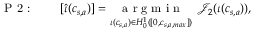
\textrm { P 2 : } \qquad [ \widehat { \iota } ( c _ { s , a } ) ] = \underset { \iota ( c _ { s , a } ) \in { H } _ { 0 } ^ { 1 } ( [ 0 , c _ { s , a , m a x } ] ) } { \textrm { a r g m i n } } ~ \mathcal { J } _ { 2 } ( \iota ( c _ { s , a } ) ) ,